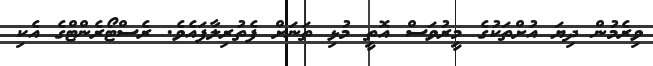
ވިރެމުން ދިޔަ އުށްތަކުގެ މީރުވަސް އޮތީ މުޅި ތަނަށް ފެތުރިލާފައެވެ. ރެސްޓޯރެންޓްގެ އެކި